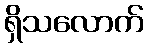
ရှိသလောက်